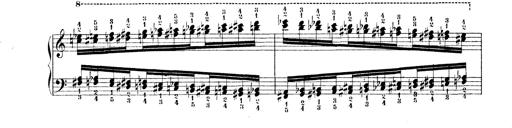
Title: Technische Studien
Composer: Franz Liszt